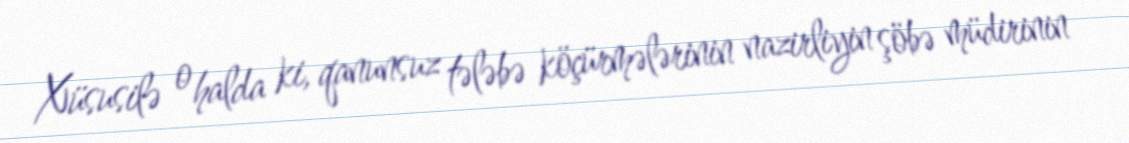
Xüsusilə o halda ki, qanunsuz tələbə köçürmələrinin nazirliyin şöbə müdirinin